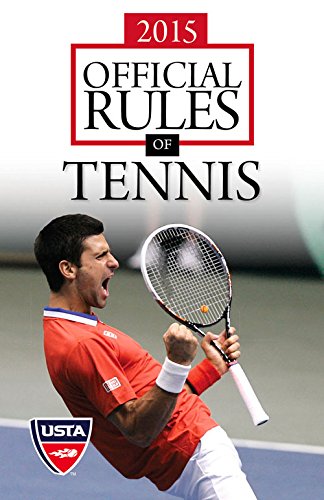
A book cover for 2015 Official Rules of Tennis; USTA; Sports & Outdoors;